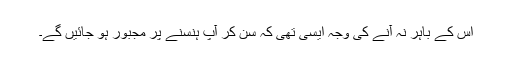
اس کے باہر نہ آنے کی وجہ ایسی تھی کہ سن کر آپ ہنسنے پر مجبور ہو جائیں گے۔